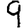
Digit: 9